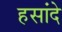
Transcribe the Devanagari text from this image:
हसांदे